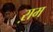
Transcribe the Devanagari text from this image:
ऱाम